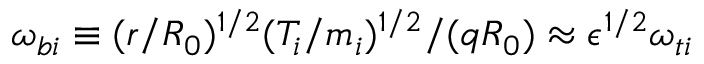
\omega _ { b i } \equiv ( r / R _ { 0 } ) ^ { 1 / 2 } ( T _ { i } / m _ { i } ) ^ { 1 / 2 } / ( q R _ { 0 } ) \approx \epsilon ^ { 1 / 2 } \omega _ { t i }